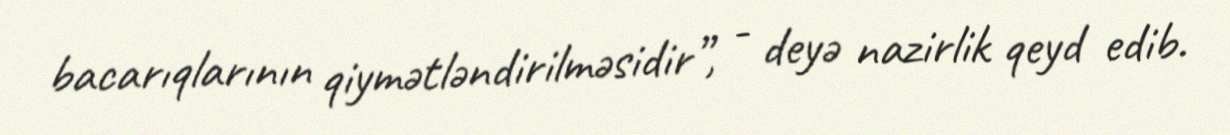
bacarıqlarının qiymətləndirilməsidir”, - deyə nazirlik qeyd edib.